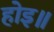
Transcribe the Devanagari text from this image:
होइ॥